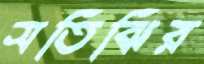
সতিঝির